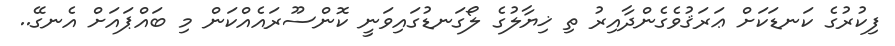
ފިކުރުގެ ކަނޑަކަށް ޢަރަޤުވެގެންދާއިރު ތި ޚިޔާލުގެ ލޯގަނޑުގައިވަނީ ކޮންސޫރައެއްކަން މި ބައްޕައަށް އެނގޭ..